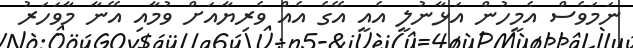
ނަމަވެސް އެމީހުން އަޅާނުލީ އެއީ އޭގެ އެއް ވެރިޔާއަށް ވުމާއި އޭނާ މާވަހަރު